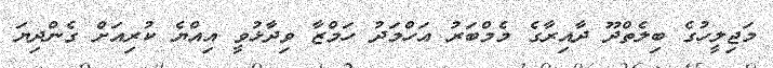
މަޖިލީހުގެ ބިލެތްދޫ ދާއިރާގެ މެމްބަރު އަހްމަދު ހަމްޒާ ވިދާޅުވީ އިއްޔެ ކުރިއަށް ގެންދިޔަ